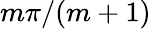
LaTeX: m\pi/(m+1)